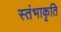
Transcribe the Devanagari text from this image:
स्तंभाकृति